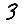
Digit: 3